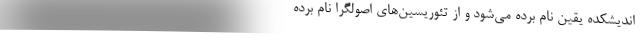
اندیشکده یقین نام برده می‌شود و از تئوریسین‌های اصولگرا نام برده